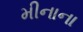
મીનાના